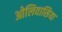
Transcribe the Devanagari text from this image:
ओलिवासिया